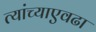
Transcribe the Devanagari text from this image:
त्यांच्याएवढा